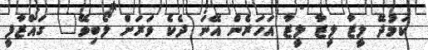
ކަމުދޭ ލީޒާ ލީޒާ ލީޒާ އަހަރެން އޭނަ ދެކެ ވަރަށް ލޯބިވޭ" ގައްޒާފީ